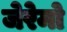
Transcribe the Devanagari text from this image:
जेरेमो